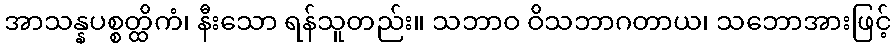
အာသန္နပစ္စတ္ထိကံ၊ နီးသော ရန်သူတည်း။ သဘာဝ ဝိသဘာဂတာယ၊ သဘောအားဖြင့်